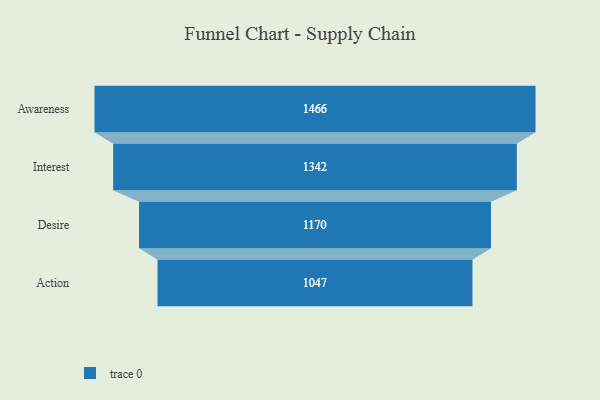
{"axis": {"x": "Stage", "y": "Value"}, "legend": [""], "data": [{"x": "Awareness", "y": 1466.0, "type": ""}, {"x": "Interest", "y": 1342.0, "type": ""}, {"x": "Desire", "y": 1170.0, "type": ""}, {"x": "Action", "y": 1047.0, "type": ""}]}